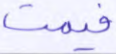
فيمت